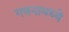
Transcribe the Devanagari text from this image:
गणनामध्ये